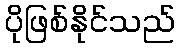
ပိုဖြစ်နိုင်သည်